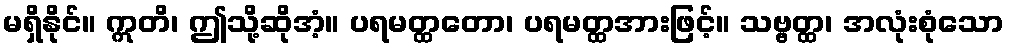
မရှိနိုင်။ ဣတိ၊ ဤသို့ဆိုအံ့။ ပရမတ္ထတော၊ ပရမတ္ထအားဖြင့်။ သဗ္ဗတ္ထ၊ အလုံးစုံသော